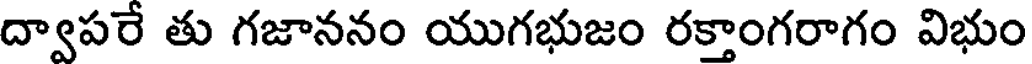
ద్వాపరే తు గజాననం యుగభుజం రక్తాంగరాగం విభుం